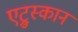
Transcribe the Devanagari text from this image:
एट्रुस्कान